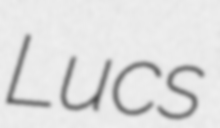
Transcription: Lucs